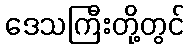
ဒေသကြီးတို့တွင်